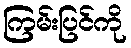
ကြမ်းပြင်ကို